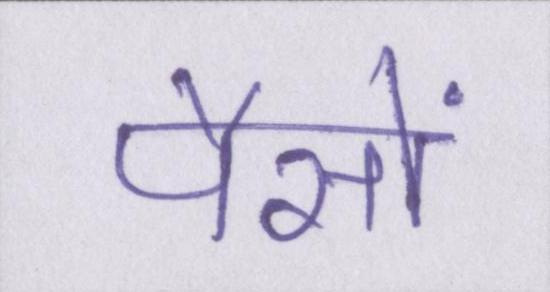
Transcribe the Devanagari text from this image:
पैसों